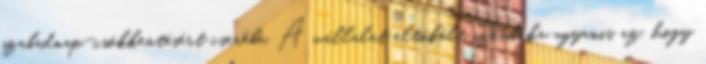
szabadnap-csökkentésért cserébe. A vállalat eltökélt szándéka ugyanis az, hogy